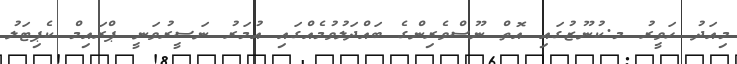
މިއަދު ހަވީރު މ.ކުނޫޒުގައި އޮތް ނޫސްވެރިންގެ ބައްދަލުވުމެއްގައި އުމަރު ނަސީރުވަނީ ޕްރައިމް ކެޕިޓަލު